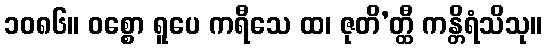
၁၀၈၆။ ဝစ္စော ရူပေ ကရီသေ ထ၊ ဇုတိ’တ္ထီ ကန္တိရံသိသု။